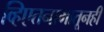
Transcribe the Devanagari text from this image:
व्हिएतनामातूनही